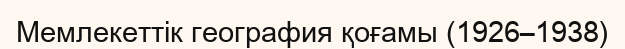
Мемлекеттік география қоғамы (1926–1938)